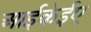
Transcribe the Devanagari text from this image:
आईकेईए